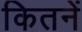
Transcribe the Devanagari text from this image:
कितनें